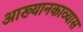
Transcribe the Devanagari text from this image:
आख्यानकाव्यास